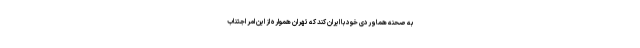
به صحنه هماوردی خود با ایران کند که تهران همواره از این امر اجتناب